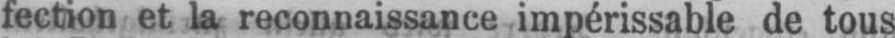
fection et la reconnaissance impérissable de tous